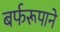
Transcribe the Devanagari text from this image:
बर्फरूपाने